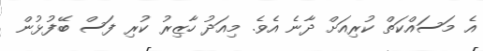
އެ މަސައްކަތް ކުރިއަށް ދާނެ އެވެ. މިއަދު ހާޒިރު ކުރި ފަސް ބޭފުޅުން